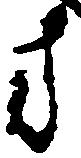
方